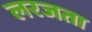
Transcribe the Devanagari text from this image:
लरजता